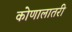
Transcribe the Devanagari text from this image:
कोणालातरी